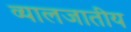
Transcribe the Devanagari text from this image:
व्यालजातीय